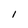
Character: 1